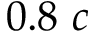
0 . 8 ~ c